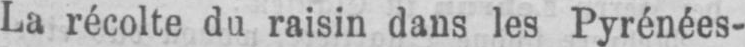
La récolte du raisin dans les Pyrénées-